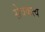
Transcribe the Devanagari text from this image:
सेवकत्व